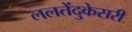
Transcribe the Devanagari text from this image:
ललतेंदुकेसरी